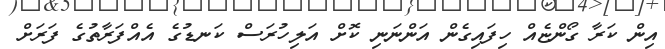
އިން ކަރާ ގޯންޏެއް ހިފައިގެން އަންނަނި ކޮށް އަލިހުރަސް ކަނޑުގެ އެއްފަރާތުގެ ފަރަށް